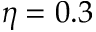
\eta = 0 . 3